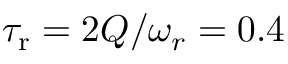
\tau _ { \mathrm { r } } = 2 Q / \omega _ { r } = 0 . 4